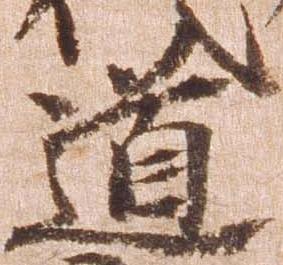
道